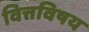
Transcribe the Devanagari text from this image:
वित्तविषय